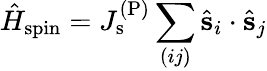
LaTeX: \hat{H}_{\mathrm{spin}}=J_{\mathrm{s}}^{\mathrm{(P)}}\sum_{(ij)}\hat{\mathbf s}_{i}\cdot\hat{\mathbf s}_{j}